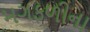
મગફળીના